Ajakirja_Uliopilasleht_toimetus, lk 33
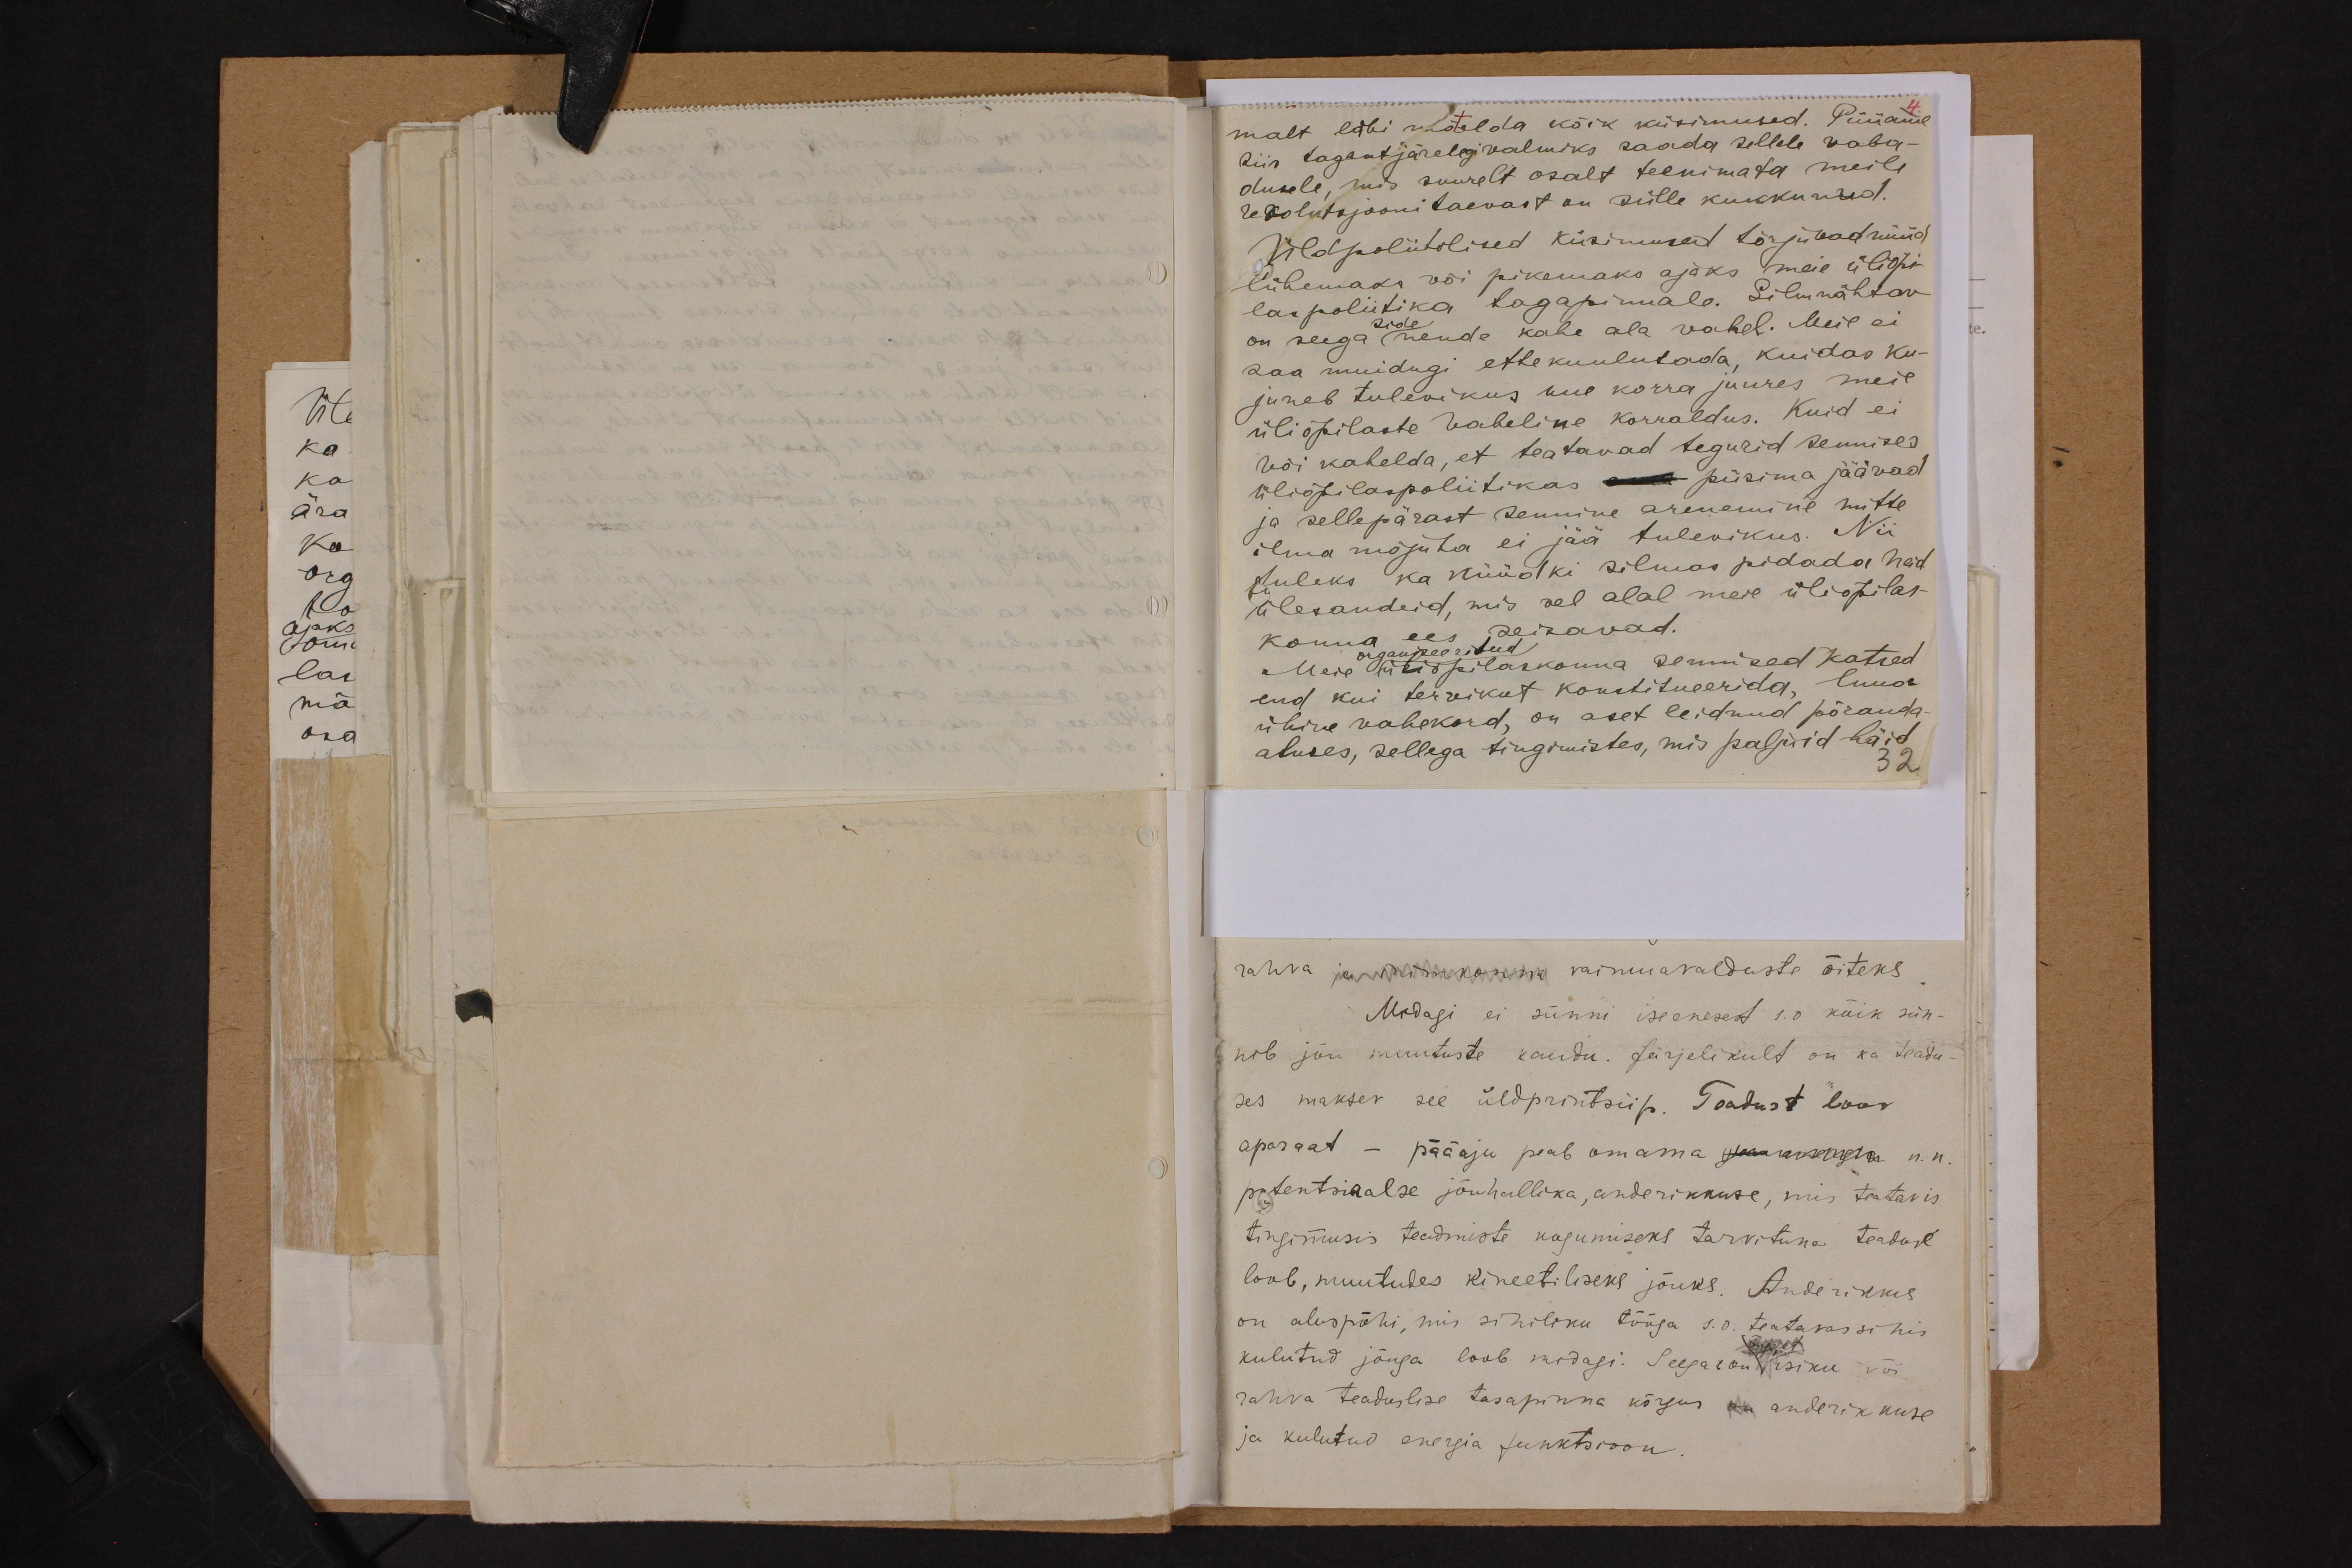
malt läbi mõtelda kõik küsimused. Püüame
siis tagantjärelegi valmiks saada sellele vaba-
dusele, mis suurelt osalt teenimata meile
revolutsjooni taevast on sülle kukkunud.
Üldpoliitilised küsimused tõrjuvad nüüd
lühemaks või pikemaks ajaks meie üliõpi-
laspoliitika tagapinnale. Silmnähtav
on seega nende kahe ala vahel. Meil ei
saa muidugi ette kuulutada, kuidas ku-
juneb tulevikus uue korra juures meie
üliõpilaste vaheline korraldus. Kuid ei
või kahelda, et teatavad tegurid sennises
üliõpilaspoliitikas oma püsima jäävad
ja sellepärast sennine arenemine mitte
ilma mõjuta ei jää tulevikus. Nii
tuleks ka nüüdki silmas pidada neid-
ülesandeid, mis sel alal meie üliõpilas-
konna ees seisavad.
Meie üliõpilaskonna sennised katsed
organiseeritud
end kui tervikut konstitueerida, luua
ühine vahekord, on aset leidnud põranda-
aluses, sellega tingimistes, mis paljuid häid
32